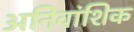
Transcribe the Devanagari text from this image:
अनिवांशिक